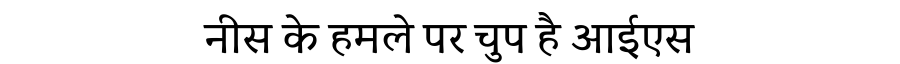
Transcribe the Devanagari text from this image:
नीस के हमले पर चुप है आईएस